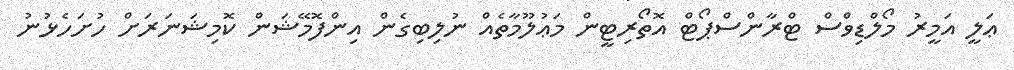
ޢަލީ އަމީރު މޯލްޑިވްސް ޓްރާންސްޕޯޓް އޮތޯރިޓީން މަޢުލޫމާތެއް ނުލިބިގެން އިންފޮމޭޝަން ކޮމިޝަނަރަށް ހުށަހެޅުނު